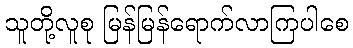
သူတို့လူစု မြန်မြန်ရောက်လာကြပါစေ